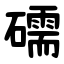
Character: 礝